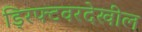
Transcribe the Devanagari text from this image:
ड्रिफ्टवरदेखील